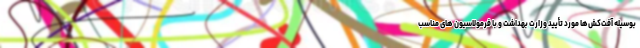
بوسیله آفت‌کش‌ها مورد تأیید وزارت بهداشت و با فرمولاسیون های مناسب